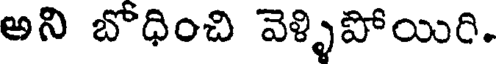
అని బోధించి వెళ్ళిపోయిరి.